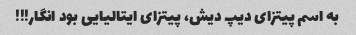
به اسم پیتزای دیپ دیش، پیتزای ایتالیایی بود انگار!!!